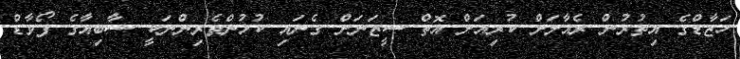
ހަޒާޑްގެ އިތުރުން ރެއާލަށް ކުރިއަށް އޮތް ސީޒަނަށް ގެނައި ކުޅުންތެރިންނަކީ ސާބިއާގެ ފޯވާޑް